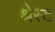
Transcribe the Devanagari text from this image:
श्रेस्ट